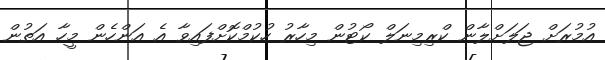
އުމުރަށް ޖަލަށްލާން ކްރިމިނަލް ކޯޓުން މިހާރު ހުކުމްކޮށްފައިވާ އެ އަންހެން މީހާ އަތުން